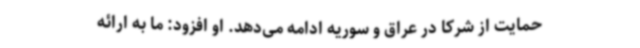
حمایت از شرکا در عراق و سوریه ادامه می‌دهد. او افزود: ما به ارائه